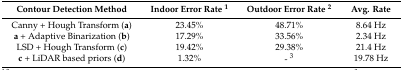
| Contour Detection Method | Indoor Error Rate 1 | Outdoor Error Rate 2 | Avg. Rate |
 | --- | --- | --- | --- |
 | Canny + Hough Transform (a) | 23.45% | 48.71% | 8.64 Hz |
 | a + Adaptive Binarization (b) | 17.29% | 33.56% | 2.34 Hz |
 | LSD + Hough Transform (c) | 19.42% | 29.38% | 21.4 Hz |
 | c + LiDAR based priors (d) | 1.32% | - 3 | 19.78 Hz |